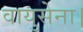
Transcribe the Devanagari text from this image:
वायुसेना।